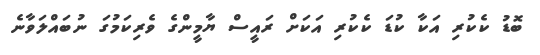
ބޮޑު ކެކުރި އަކާ ކުޑަ ކެކުރި އަކަށް ރައީސް ޔާމީންގެ ވެރިކަމުގަ ނުބައްލަވާނެ